Riigikantselei, lk 3
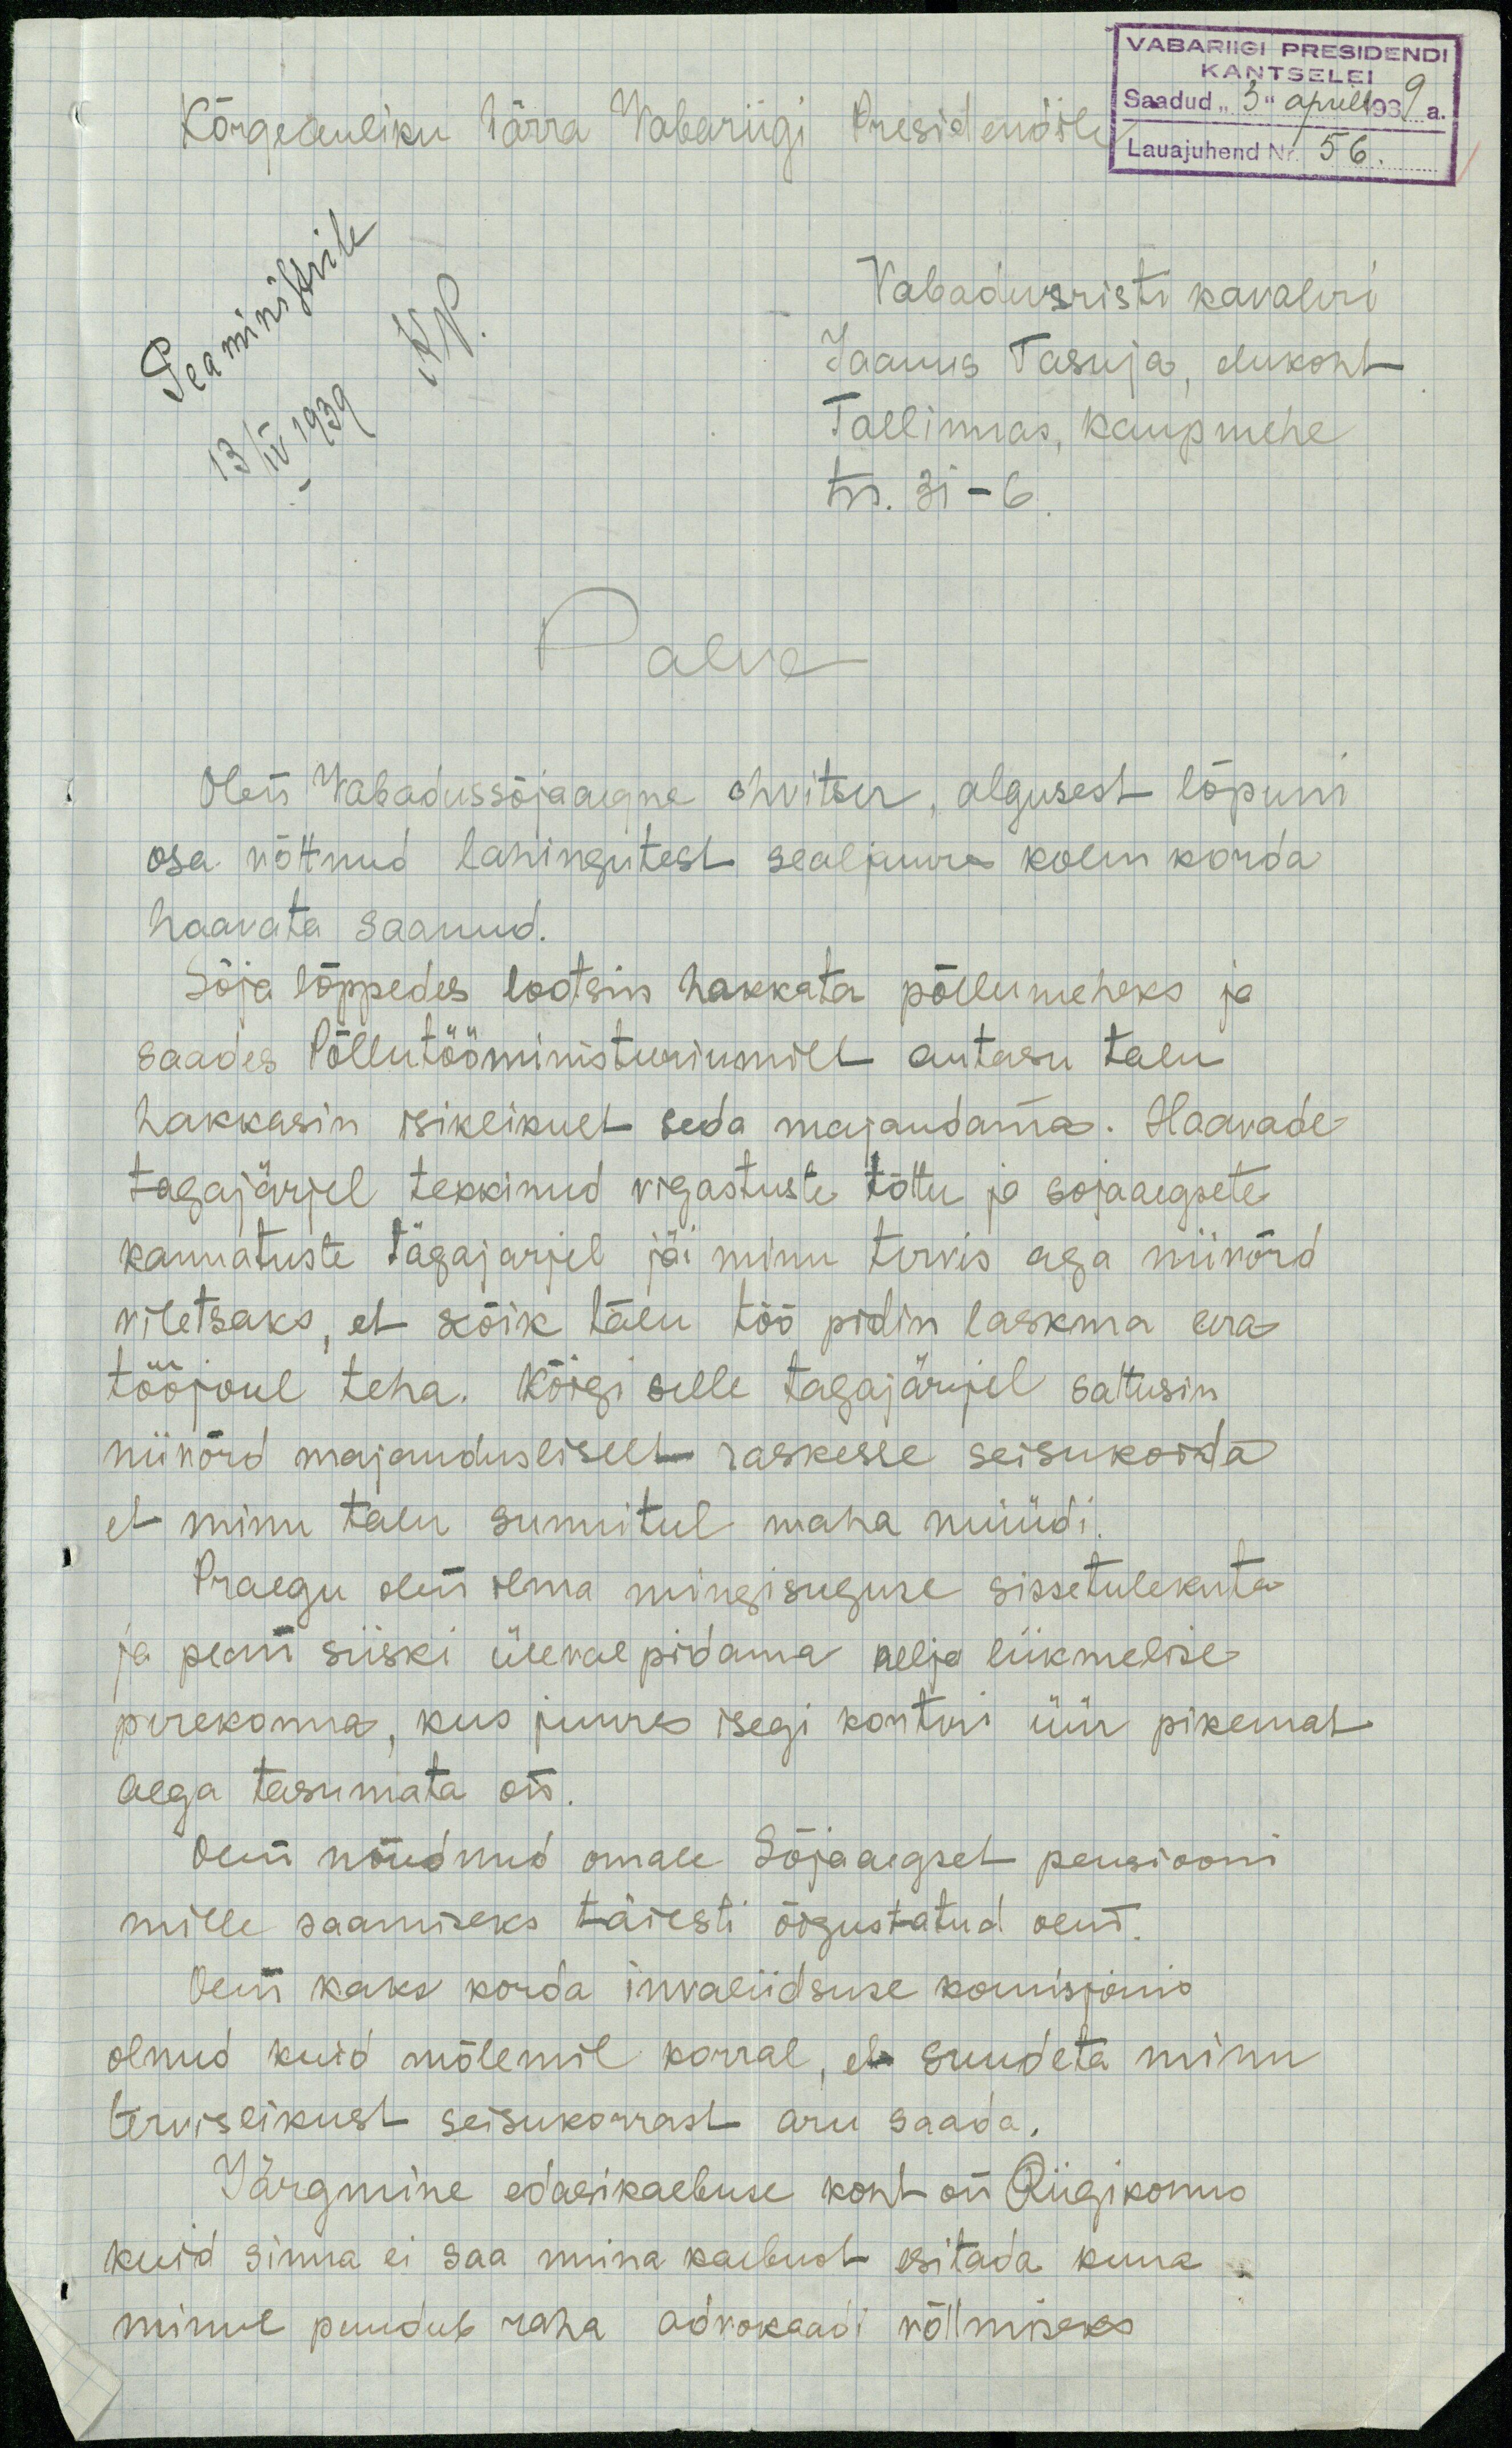
VABARIIGI PRESIDENI
Kõrgeauliku härra Vabariigi Presidendile
Saadud "3" aprill 1939
Lauajuhend Nr 56
Peaministrile
KP.
13.IV 1939
Vabaduristi kavaleri
Jaanus Tasuja, elukoht
Tallinnas, kaupmehe
tn. 31 - 6.
Palve
Olen Vabadussõiaegne ohvitser, algusest lõpuni
osa võttnud lahingutest sealjuure kolm korda
haavata saanud.
Sõja lõppedes lootsin hakkata põllumeheks ja
saades Põllutööministeeriumilt autasu talu
hakkasin isiklikult seda majandama. Haavade
tagajärjel tekkinud vigastuste tõttu ja sõjaaegsete
kannatuste tägajarjel jäi minu tervis aga niivõrd
viletsaks, et kõik talu töö pidin laskma era
tööjoul teha. Kõigi selle tagajärjel sattusin
niivõrd majandusliselt raskesse seisukorda
et minu talu sunnitul maha müüdi
Praegu olen ilma mingisuguse sissetulekuta
ja pean siiski üleval pidama nelja liikmelise
perekonna, kus juures isegi korteri üür pikemat
aega tasumata on.
Olen nõudnud omale Sõjaaegset pensiooni
mille saamiseks täiesti õigustatud olen.
Olin kaks korda invaliidsuse komisjonis
olnud kuid mõlemil korral, et suudeta minu
tervislikust seisukorrast aru saada.
Järgmine edasi kaebuse kont on Riigikohus
kuid sinna ei saa mina kaebust esitada kuna
minul puudub raha advokaadi võttmiseks.